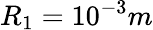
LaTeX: R_{1}=10^{-3}m